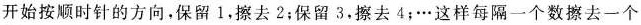
开始按顺时针的方向，保留1，擦去2；保留3.擦去4；…这样每隔一个数擦去一个